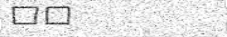
٢٠